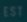
Transcribe